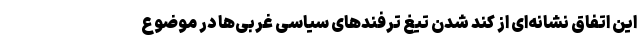
این اتفاق نشانه‌ای از کند شدن تیغ ترفندهای سیاسی غربی‌ها در موضوع